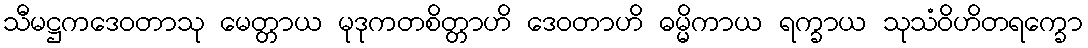
သီမဋ္ဌကဒေဝတာသု မေတ္တာယ မုဒုကတစိတ္တာဟိ ဒေဝတာဟိ ဓမ္မိကာယ ရက္ခာယ သုသံဝိဟိတရက္ခော